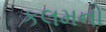
કલમનો